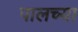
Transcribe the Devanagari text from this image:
पालच्या